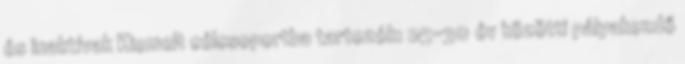
és inaktívak Kiemelt célcsoportba tartozók: 25-30 év közötti pályakezdő